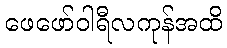
ဖေဖော်ဝါရီလကုန်အထိ